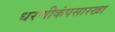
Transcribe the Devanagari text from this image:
धरणीकंपसारखा